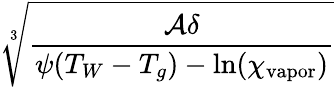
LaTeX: \sqrt[3]{\frac{\mathcal{A}\delta}{\psi(T_{W}-T_{g})-\mathrm{ln}(\chi_{\mathrm{vapor}})}}